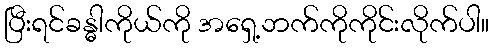
ပြီးရင်ခန္ဓါကိုယ်ကို အရှေ့ဘက်ကိုကိုင်းလိုက်ပါ။